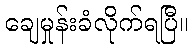
ချေမှုန်းခံလိုက်ရပြီ။